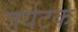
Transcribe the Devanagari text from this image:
जर्यटक